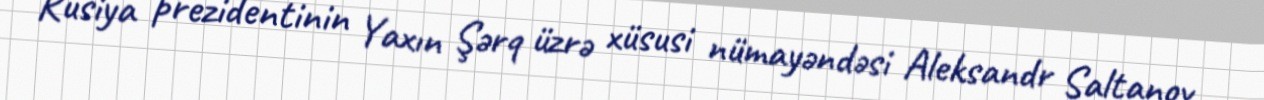
Rusiya prezidentinin Yaxın Şərq üzrə xüsusi nümayəndəsi Aleksandr Saltanov